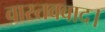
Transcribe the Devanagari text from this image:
वास्तववाद।